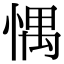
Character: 㥥